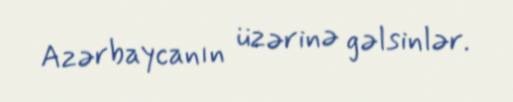
Azərbaycanın üzərinə gəlsinlər.